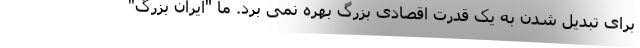
برای تبدیل شدن به یک قدرت اقصادی بزرگ بهره نمی برد. ما "ایران بزرگ"